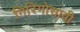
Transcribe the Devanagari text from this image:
गिरिगोसावी